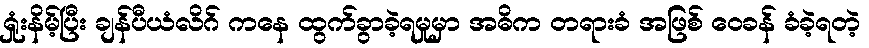
ရှုံးနိမ့်ပြီး ချန်ပီယံလိဂ် ကနေ ထွက်ခွာခဲ့ရမှုမှာ အဓိက တရားခံ အဖြစ် ဝေခန် ခံခဲ့ရတဲ့